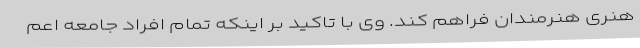
هنری هنرمندان فراهم کند. وی با تاکید بر اینکه تمام افراد جامعه اعم